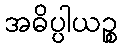
အဓိပ္ပါယဉ္စ